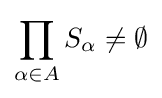
\prod _{\alpha \in A}S_{\alpha }\neq \emptyset